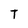
Character: T